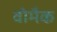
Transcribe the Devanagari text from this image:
वोमैक